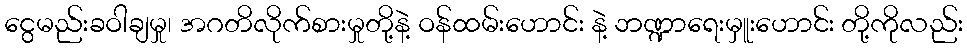
ငွေမည်းခဝါချမှု၊ အဂတိလိုက်စားမှုတို့နဲ့ ဝန်ထမ်းဟောင်း နဲ့ ဘဏ္ဍာရေးမှူးဟောင်း တို့ကိုလည်း